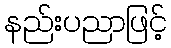
နည်းပညာဖြင့်